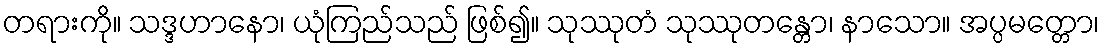
တရားကို။ သဒ္ဒဟာနော၊ ယုံကြည်သည် ဖြစ်၍။ သုဿုတံ သုဿုတန္တော၊ နာသော။ အပ္ပမတ္တော၊